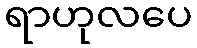
ရာဟုလပေ